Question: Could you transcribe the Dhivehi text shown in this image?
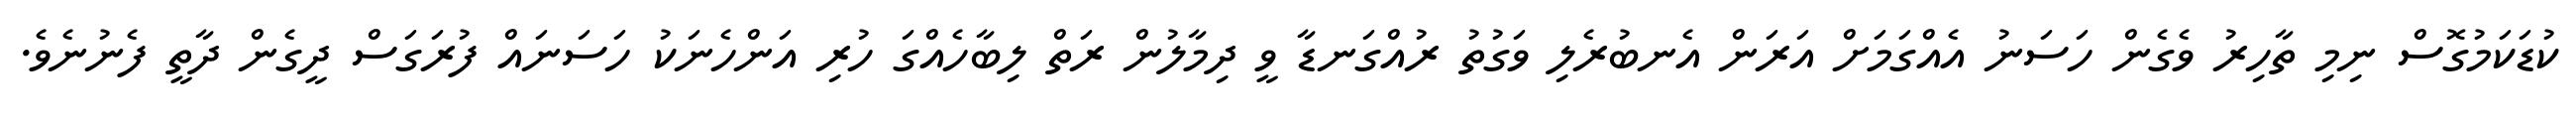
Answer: ކުޑަކަމުގޮސް ނިމި ތާހިރު ވެގެން ހަސަނު އެއްގަމަށް އަރަން އެނބުރެލި ވަގުތު ރުއްގަނޑާ ވީ ދިމާލުން ރަތް ލިބާހެއްގަ ހުރި އަންހެނަކު ހަސަނައް ފުރަގަސް ދީގެން ދާތީ ފެނުނެވެ.